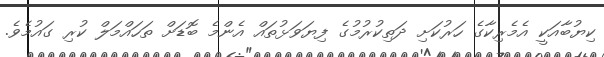
ކިޔުބާއަކީ އެމެރިކާގެ ހަރުކަށި ދަތިކުރުމުގެ ފިޔަވަޅުތައް އެންމެ ބޮޑަށް ތަހައްމަލް ކުރި ގައުމެވެ.